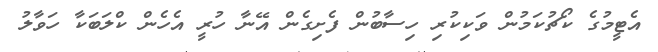
އެޓީމުގެ ކޯޗުކަމުން ވަކިކުރި ހިސާބުން ފެށިގެން އޭނާ ހުރީ އެހެން ކްލަބަކާ ހަވާލު